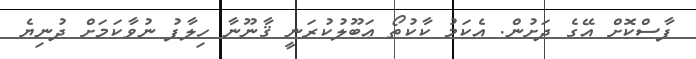
ފާސްކޮށް އޭގެ ދަށުން. އެކަމު ކާކުތޯ ޢަބޫލުކުރަނީ ޤާނޫނާ ހިލާފު ނުވާކަމަށް ދުނިޔެ